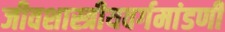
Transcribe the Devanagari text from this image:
जीवशास्त्रीयवर्गमांडणी